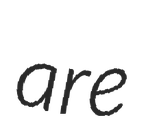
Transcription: are